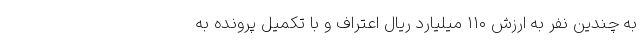
به چندین نفر به ارزش ۱۱۰ میلیارد ریال اعتراف و با تکمیل پرونده به